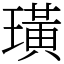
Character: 璜